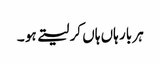
ہر بار ہاں ہاں کر لیتے ہو ۔